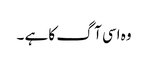
وہ اسی آگ کا ہے ۔